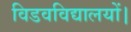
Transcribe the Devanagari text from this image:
विडवविद्यालयों।